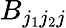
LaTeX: B_{j_{1}j_{2}j}